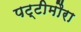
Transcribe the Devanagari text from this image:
पट्टीमौरा